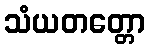
သံယတတ္တော